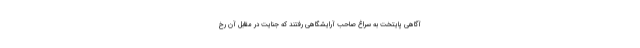
آگاهی پایتخت به سراغ صاحب آرایشگاهی رفتند که جنایت در مقابل آن رخ